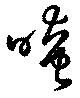
暗